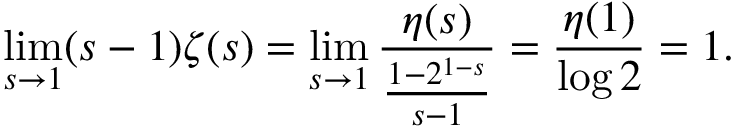
\operatorname* { l i m } _ { s \to 1 } ( s - 1 ) \zeta ( s ) = \operatorname* { l i m } _ { s \to 1 } { \frac { \eta ( s ) } { \frac { 1 - 2 ^ { 1 - s } } { s - 1 } } } = { \frac { \eta ( 1 ) } { \log 2 } } = 1 .